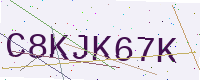
Text: C8KJK67K